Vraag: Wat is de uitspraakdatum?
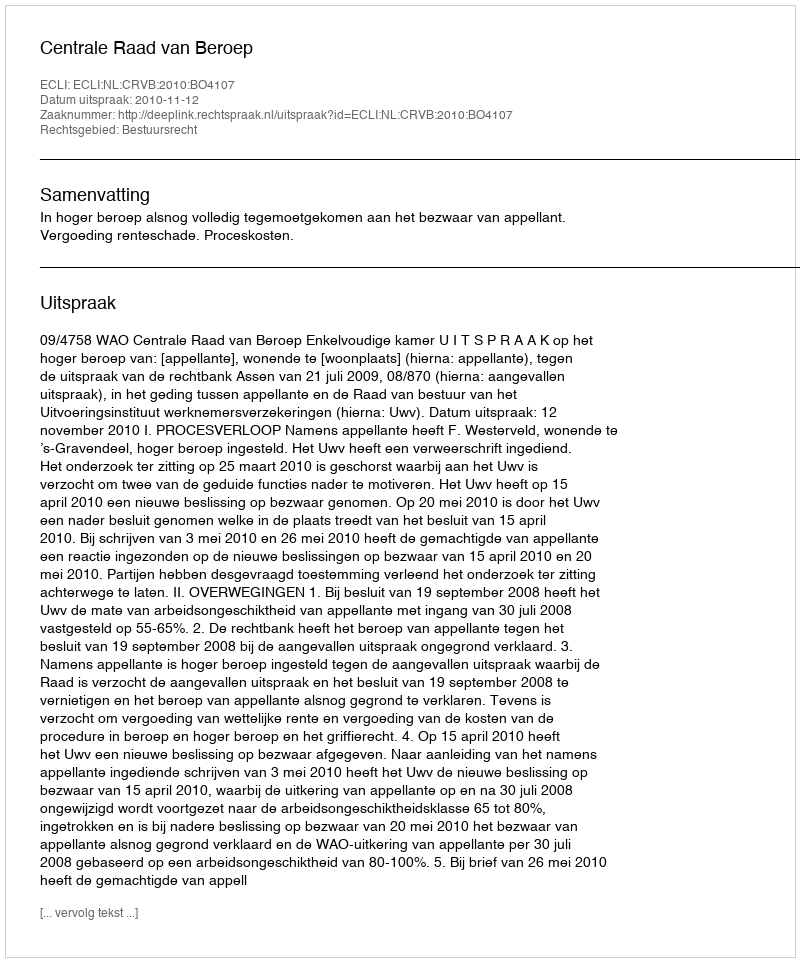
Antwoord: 2010-11-12